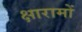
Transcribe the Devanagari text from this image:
क्षारामों